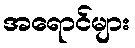
အရောင်များ